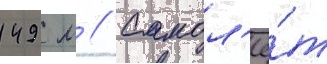
149 м // Самол'ё́т